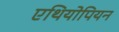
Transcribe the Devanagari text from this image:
एथियोपियन